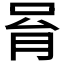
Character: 𠱮